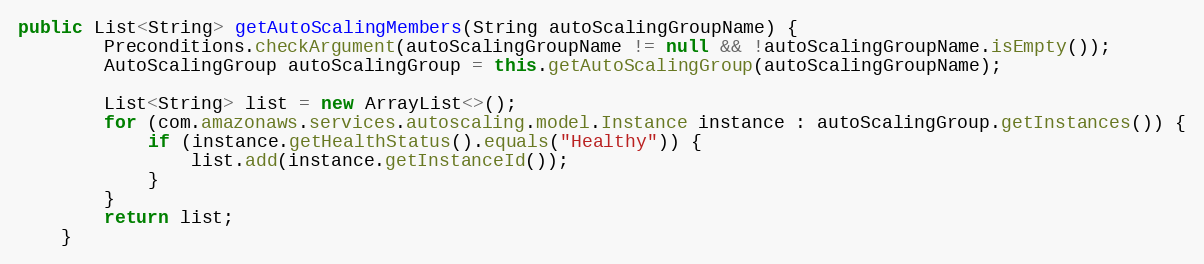
Language: Java
public List<String> getAutoScalingMembers(String autoScalingGroupName) {
        Preconditions.checkArgument(autoScalingGroupName != null && !autoScalingGroupName.isEmpty());
        AutoScalingGroup autoScalingGroup = this.getAutoScalingGroup(autoScalingGroupName);

        List<String> list = new ArrayList<>();
        for (com.amazonaws.services.autoscaling.model.Instance instance : autoScalingGroup.getInstances()) {
            if (instance.getHealthStatus().equals("Healthy")) {
                list.add(instance.getInstanceId());
            }
        }
        return list;
    }